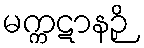
မက္ကဋာနဉှိ